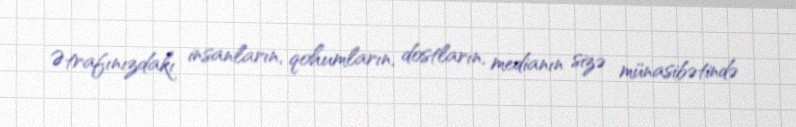
Ətrafınızdakı insanların, qohumların, dostların, medianın sizə münasibətində